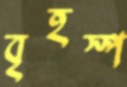
বৃহস্প